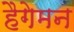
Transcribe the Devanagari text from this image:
हैगेमन